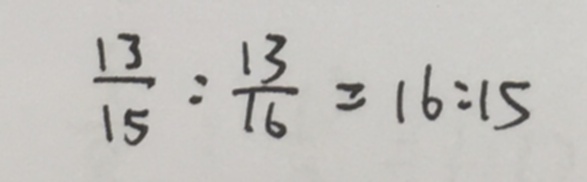
\frac { 1 3 } { 1 5 } : \frac { 1 3 } { 1 6 } = 1 6 : 1 5